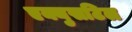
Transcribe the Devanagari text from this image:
एक्युसटिल